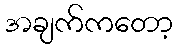
အချက်ကတော့